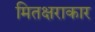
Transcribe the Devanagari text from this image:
मितक्षराकार